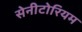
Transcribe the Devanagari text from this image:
सेनीटोरियम